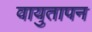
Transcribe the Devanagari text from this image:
वायुतापन